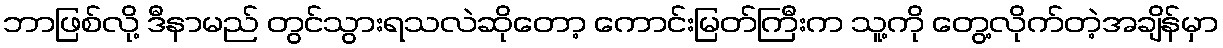
ဘာဖြစ်လို့ ဒီနာမည် တွင်သွားရသလဲဆိုတော့ ကောင်းမြတ်ကြီးက သူ့ကို တွေ့လိုက်တဲ့အချိန်မှာ